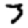
Digit: 3